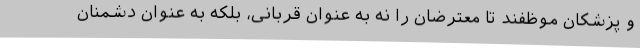
و پزشکان موظفند تا معترضان را نه به عنوان قربانی، بلکه به عنوان دشمنان